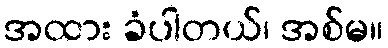
အထား ခံပါတယ်၊ အစ်မ။